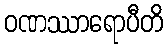
ဝဏဿာရောပီတိ